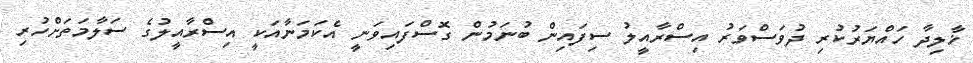
ޚާލިދާ ހައްޔަރުކުރި ދުވަސްވަރު އިސްރާއީލު ސިފައިން ބުނަމުން ގޮސްފައިވަނީ އެކަމަނާއަކީ އިސްރާއީލުގެ ސަލާމަތަށްހުރި